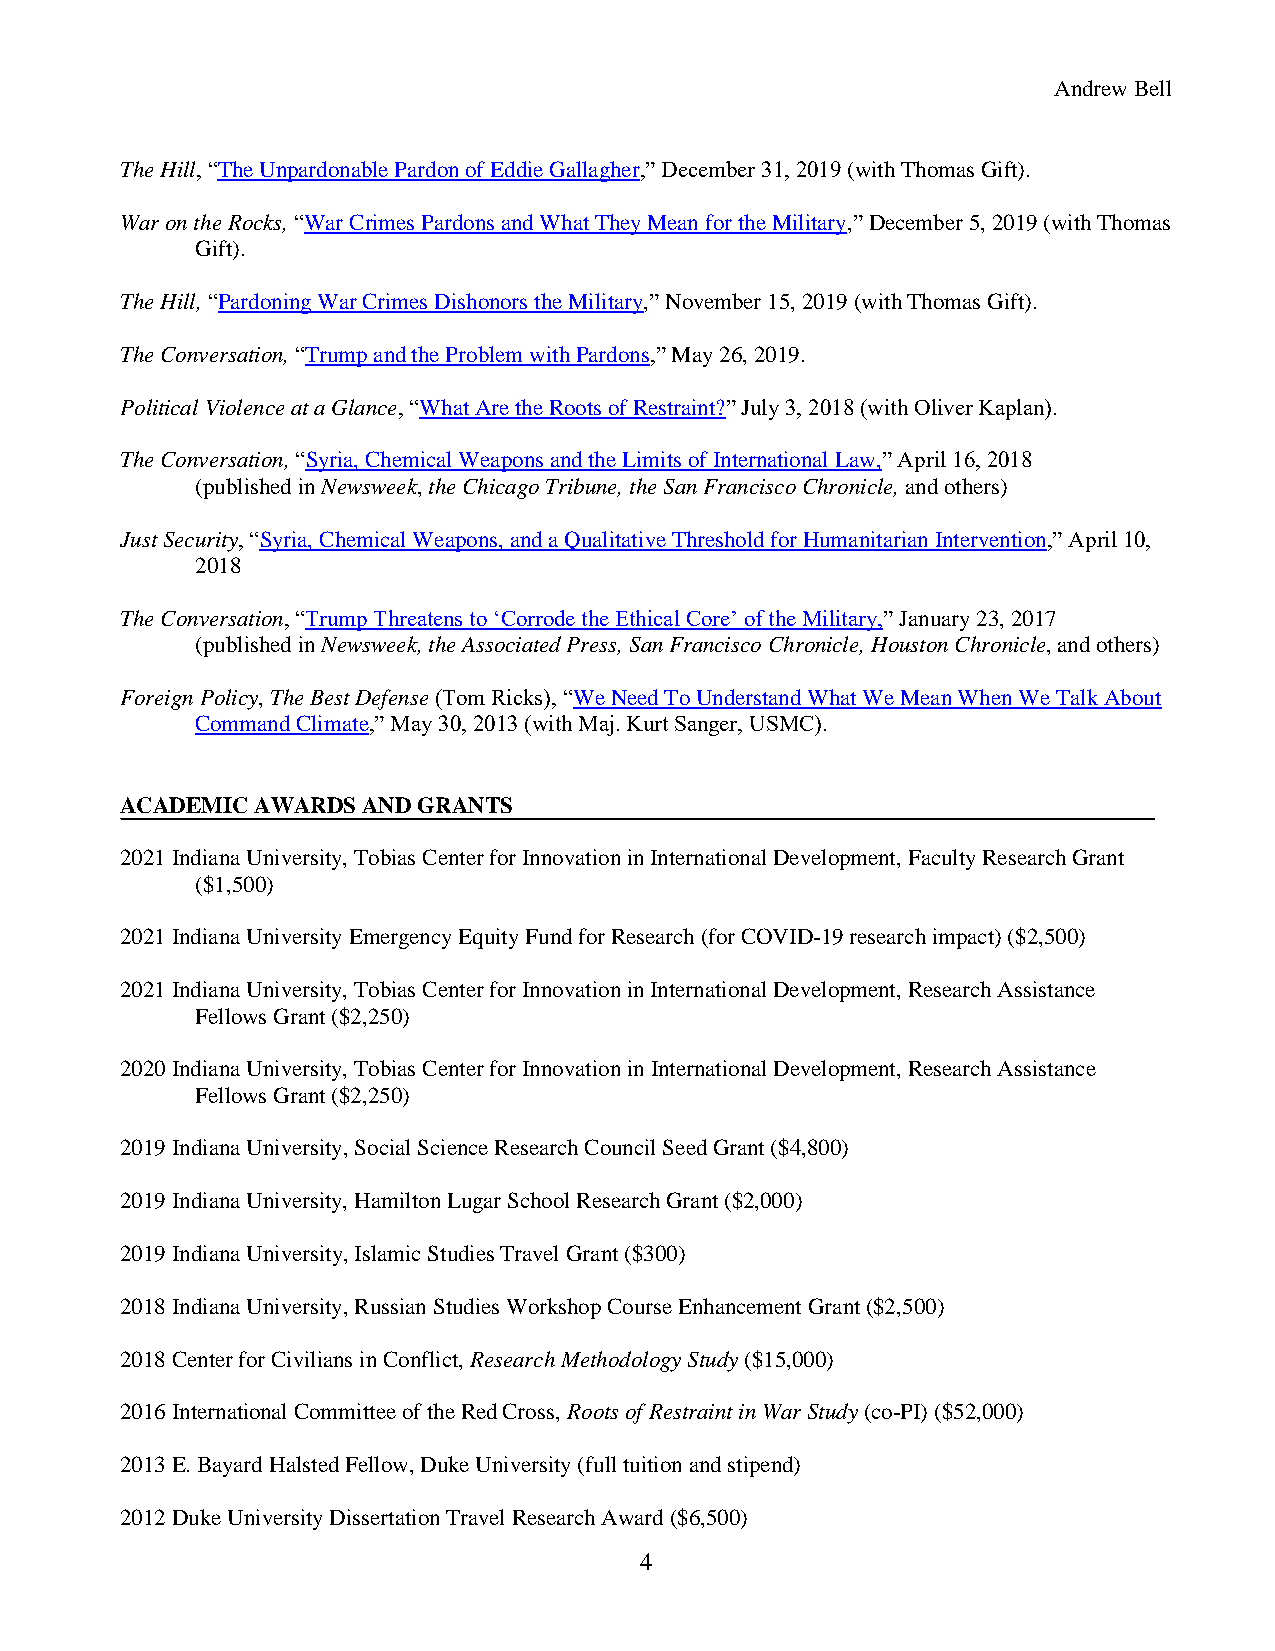
Andrew Bell
 The Hill, “The Unpardonable Pardon of Eddie Gallagher,” December 31, 2019 (with Thomas Gift).
 War on the Rocks, “War Crimes Pardons and What They Mean for the Military,” December 5, 2019 (with Thomas
 Gift).
 The Hill, “Pardoning War Crimes Dishonors the Military,” November 15, 2019 (with Thomas Gift).
 The Conversation, “Trump and the Problem with Pardons,” May 26, 2019.
 Political Violence at a Glance, “What Are the Roots of Restraint?” July 3, 2018 (with Oliver Kaplan).
 The Conversation, “Syria, Chemical Weapons and the Limits of International Law,” April 16, 2018
 (published in Newsweek, the Chicago Tribune, the San Francisco Chronicle, and others)
 Just Security, “Syria, Chemical Weapons, and a Qualitative Threshold for Humanitarian Intervention,” April 10,
 2018
 The Conversation, “Trump Threatens to ‘Corrode the Ethical Core’ of the Military,” January 23, 2017
 (published in Newsweek, the Associated Press, San Francisco Chronicle, Houston Chronicle, and others)
 Foreign Policy, The Best Defense (Tom Ricks), “We Need To Understand What We Mean When We Talk About
 Command Climate,” May 30, 2013 (with Maj. Kurt Sanger, USMC).
 ACADEMIC AWARDS AND GRANTS
 2021 Indiana University, Tobias Center for Innovation in International Development, Faculty Research Grant
 ($1,500)
 2021 Indiana University Emergency Equity Fund for Research (for COVID-19 research impact) ($2,500)
 2021 Indiana University, Tobias Center for Innovation in International Development, Research Assistance
 Fellows Grant ($2,250)
 2020 Indiana University, Tobias Center for Innovation in International Development, Research Assistance
 Fellows Grant ($2,250)
 2019 Indiana University, Social Science Research Council Seed Grant ($4,800)
 2019 Indiana University, Hamilton Lugar School Research Grant ($2,000)
 2019 Indiana University, Islamic Studies Travel Grant ($300)
 2018 Indiana University, Russian Studies Workshop Course Enhancement Grant ($2,500)
 2018 Center for Civilians in Conflict, Research Methodology Study ($15,000)
 2016 International Committee of the Red Cross, Roots of Restraint in War Study (co-PI) ($52,000)
 2013 E. Bayard Halsted Fellow, Duke University (full tuition and stipend)
 2012 Duke University Dissertation Travel Research Award ($6,500)
 4